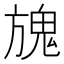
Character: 𩲌